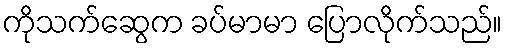
ကိုသက်ဆွေက ခပ်မာမာ ပြောလိုက်သည်။